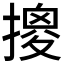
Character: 𱠮